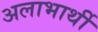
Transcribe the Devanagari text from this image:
अलाभार्थी